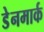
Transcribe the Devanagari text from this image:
डेेनमार्क